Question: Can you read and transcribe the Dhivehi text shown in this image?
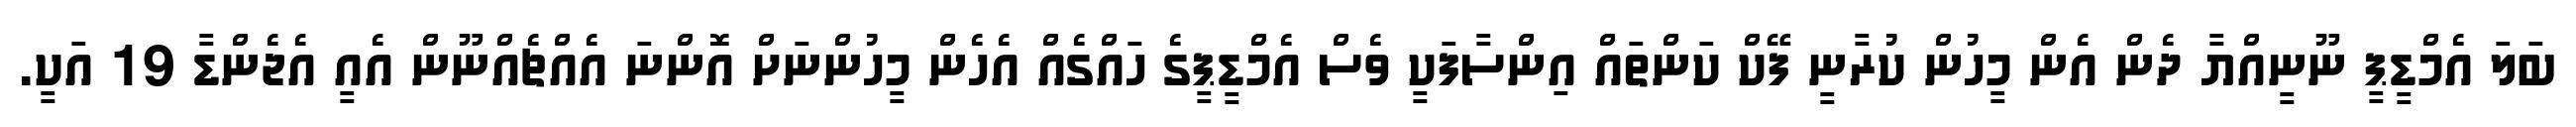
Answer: ބަލަ އެމްޑީޕީ ނޫނީއްޔާ ދެން އެން މީހުން ކުރާނީ ފޭކް ކަންތައް އިންސާފަކީ ވެސް އެމްޑީޕީގެ ހައްގެއް އެހެން މީހުންނަށް އޮންނަ އެއްޗެއްނޫން އެއީ އެޖެންޑާ 19 އަކީ.